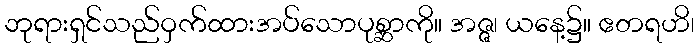
ဘုရားရှင်သည်ဝှက်ထားအပ်သောပုစ္ဆာကို။ အဇ္ဇ၊ ယနေ့၌။ ဧတရဟိ၊